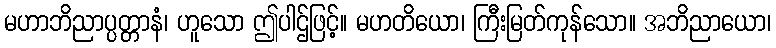
မဟာဘိညာပ္ပတ္တာနံ၊ ဟူသော ဤပါဌ်ဖြင့်။ မဟတိယော၊ ကြီးမြတ်ကုန်သော။ အဘိညာယော၊